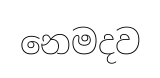
නෙමදව